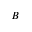
B